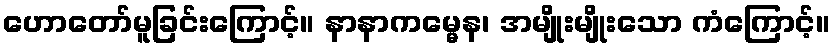
ဟောတော်မူခြင်းကြောင့်။ နာနာကမ္မေန၊ အမျိုးမျိုးသော ကံကြောင့်။